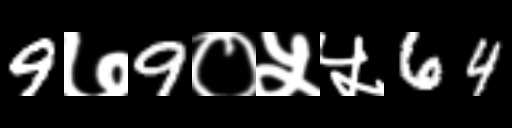
Text: 9७9०५५64